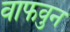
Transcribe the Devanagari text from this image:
वाफवुन